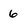
Character: 6